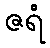
ဇရံ